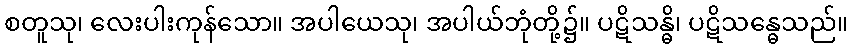
စတူသု၊ လေးပါးကုန်သော။ အပါယေသု၊ အပါယ်ဘုံတို့၌။ ပဋိသန္ဓိ၊ ပဋိသန္ဓေသည်။